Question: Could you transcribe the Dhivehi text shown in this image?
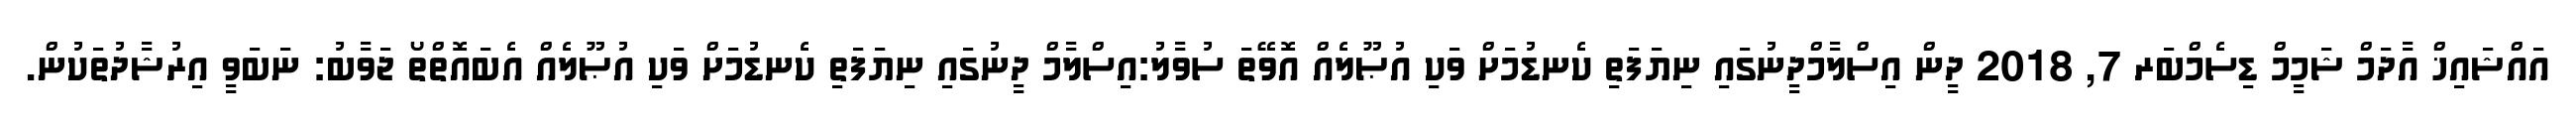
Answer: އައްޝައިޚް އާދަމް ޝަމީމް ޑިސެމްބަރ 7, 2018 ދީން އިސްލާމްދީނުގައި ނިޔަފަތި ކެނޑުމަށް ވަކި އުޞޫލެއް އޮވޭތަ ސުވާލު:އިސްލާމް ދީނުގައި ނިޔަފަތި ކެނޑުމަށް ވަކި އުޞޫލެއް އެބައޮތްތޯ ޖަވާބު: ނަބަވީ އިރުޝާދުތަކުން.